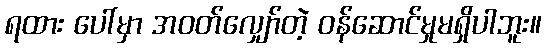
ရထား ပေါ်မှာ အဝတ်လျှော်တဲ့ ဝန်ဆောင်မှုမရှိပါဘူး။